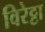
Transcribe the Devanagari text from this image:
विरेट्टा